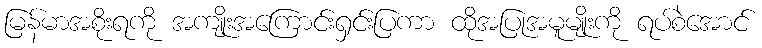
မြန်မာအစိုးရကို အကျိုးအကြောင်းရှင်းပြကာ ထိုအပြုအမူမျိုးကို ရပ်စဲအောင်